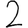
Digit: 2